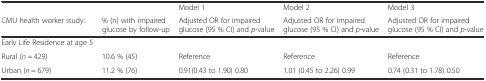
<table><thead><tr><td></td><td></td><td><b>Model 1</b></td><td><b>Model 2</b></td><td><b>Model 3</b></td></tr><tr><td><b>CMU health worker study:</b></td><td><b>% (n) with impaired glucose by follow-up</b></td><td><b>Adjusted OR for impaired glucose (95 % CI) and <i>p</i>-value</b></td><td><b>Adjusted OR for impaired glucose (95 % CI) and <i>p</i>-value</b></td><td><b>Adjusted OR for impaired glucose (95 % CI) and <i>p</i>-value</b></td></tr></thead><tbody><tr><td>Early Life Residence at age 5</td><td></td><td></td><td></td><td></td></tr><tr><td>Rural (<i>n</i> = 429)</td><td>10.6 % (45)</td><td>Reference</td><td>Reference</td><td>Reference</td></tr><tr><td>Urban (<i>n</i> = 679)</td><td>11.2 % (76)</td><td>0.91(0.43 to 1.90) 0.80</td><td>1.01 (0.45 to 2.26) 0.99</td><td>0.74 (0.31 to 1.78) 0.50</td></tr></tbody></table>